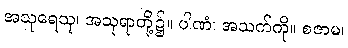
အသုရေသု၊ အသုရာတို့၌။ ပါဏံ၊ အသက်ကို။ စဇာမ၊